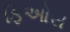
ફિઓસ